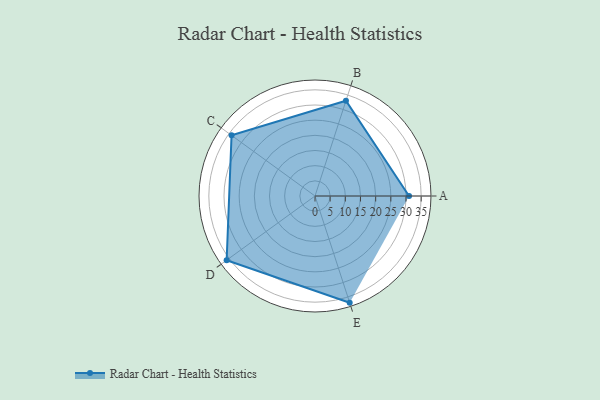
{"axis": {"x": "Skill", "y": "Score"}, "legend": ["Profile"], "data": [{"x": "A", "y": 31.0, "type": "Profile"}, {"x": "B", "y": 33.0, "type": "Profile"}, {"x": "C", "y": 34.0, "type": "Profile"}, {"x": "D", "y": 36.0, "type": "Profile"}, {"x": "E", "y": 37.0, "type": "Profile"}]}